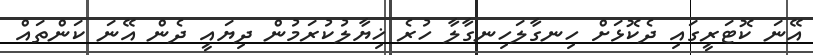
އޭނަ ކޮޓަރީގައި ދެކޮޅަށް ހިނގާލަހިނގާލާ ހުރެ ޚިޔާލުކުރަމުން ދިޔައީ ދެން އޭނަ ކަންތައް